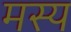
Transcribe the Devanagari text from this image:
मस्य